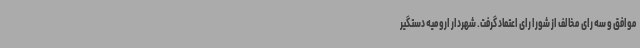
موافق و سه رای مخالف از شورا رای اعتماد گرفت. شهردار ارومیه دستگیر